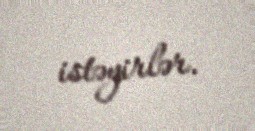
istəyirlər.